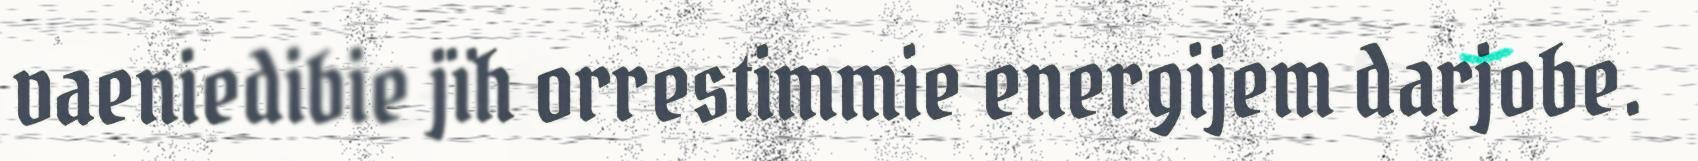
vaeniedibie jïh orrestimmie energijem darjobe.